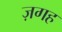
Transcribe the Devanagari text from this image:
ज़गह